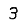
Digit: 3